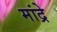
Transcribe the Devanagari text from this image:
मांद्रे